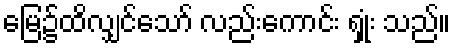
မြေ၌ထိလျှင်သော် လည်းကောင်း ရှုံး သည်။